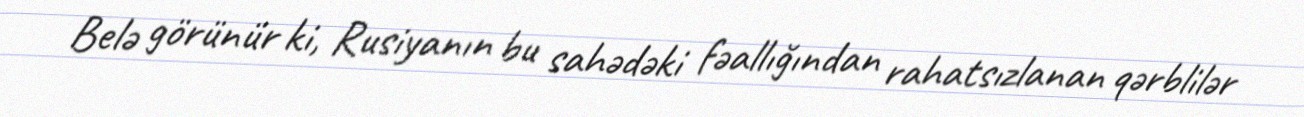
Belə görünür ki, Rusiyanın bu sahədəki fəallığından rahatsızlanan qərblilər